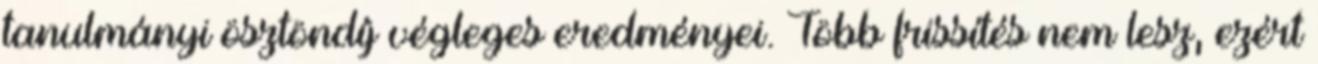
tanulmányi ösztöndíj végleges eredményei. Több frissítés nem lesz, ezért